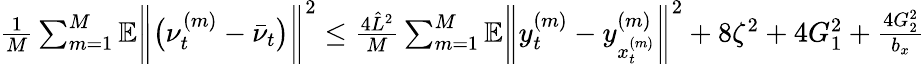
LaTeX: \begin{array}{r}{\frac{1}{M}\sum_{m=1}^{M}\mathbb{E}\bigg\| \big(\nu_{t}^{(m)}-\bar{\nu}_{t}\big)\bigg\| ^{2}\leq\frac{4\hat{L}^{2}}{M}\sum_{m=1}^{M}\mathbb{E}\bigg\| y_{t}^{(m)}-y_{x_{t}^{(m)}}^{(m)}\bigg\| ^{2}+8\zeta^{2}+4G_{1}^{2}+\frac{4G_{2}^{2}}{b_{x}}}\end{array}